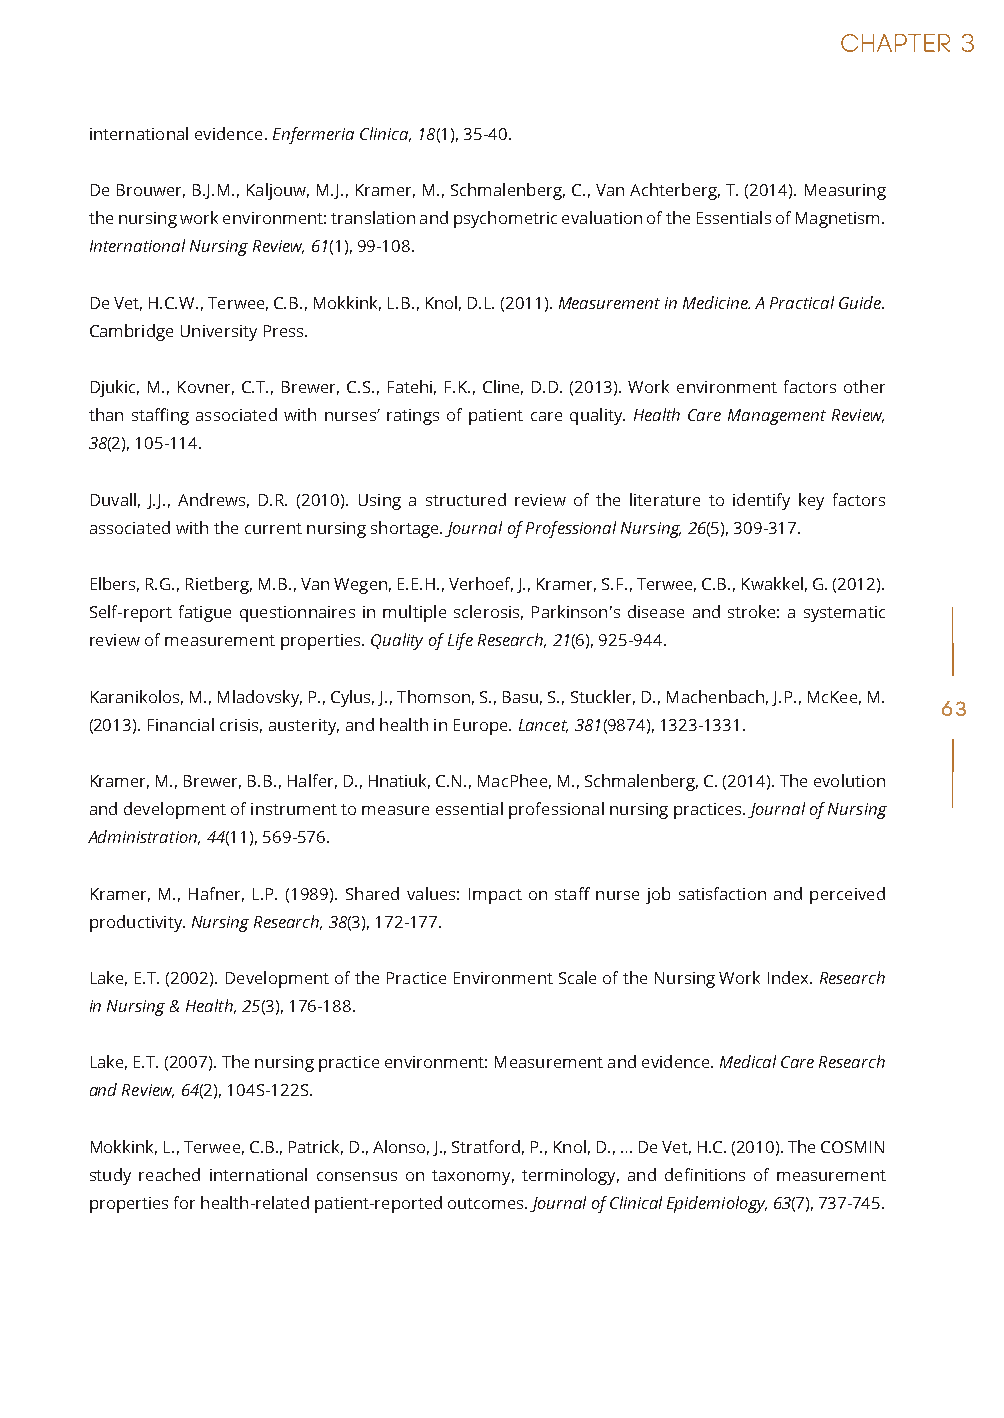
international evidence. Enfermeria Clinica, 18(1), 35-40.
 De Brouwer, B.J.M., Kaljouw, M.J., Kramer, M., Schmalenberg, C., Van Achterberg, T. (2014). Measuring
 the nursing work environment: translation and psychometric evaluation of the Essentials of Magnetism.
 International Nursing Review, 61(1), 99-108.
 De Vet, H.C.W., Terwee, C.B., Mokkink, L.B., Knol, D.L. (2011). Measurement in Medicine. A Practical Guide.
 Cambridge University Press.
 Djukic, M., Kovner, C.T., Brewer, C.S., Fatehi, F.K., Cline, D.D. (2013). Work environment factors other
 than staffing associated with nurses’ ratings of patient care quality. Health Care Management Review,
 38(2), 105-114.
 Duvall, J.J., Andrews, D.R. (2010). Using a structured review of the literature to identify key factors
 associated with the current nursing shortage. Journal of Professional Nursing, 26(5), 309-317.
 Elbers, R.G., Rietberg, M.B., Van Wegen, E.E.H., Verhoef, J., Kramer, S.F., Terwee, C.B., Kwakkel, G. (2012).
 Self-report fatigue questionnaires in multiple sclerosis, Parkinson's disease and stroke: a systematic
 review of measurement properties. Quality of Life Research, 21(6), 925-944.
 Karanikolos, M., Mladovsky, P., Cylus, J., Thomson, S., Basu, S., Stuckler, D., Machenbach, J.P., McKee, M.
 63
 (2013). Financial crisis, austerity, and health in Europe. Lancet, 381(9874), 1323-1331.
 Kramer, M., Brewer, B.B., Halfer, D., Hnatiuk, C.N., MacPhee, M., Schmalenberg, C. (2014). The evolution
 and development of instrument to measure essential professional nursing practices. Journal of Nursing
 Administration, 44(11), 569-576.
 Kramer, M., Hafner, L.P. (1989). Shared values: Impact on staff nurse job satisfaction and perceived
 productivity. Nursing Research, 38(3), 172-177.
 Lake, E.T. (2002). Development of the Practice Environment Scale of the Nursing Work Index. Research
 in Nursing & Health, 25(3), 176-188.
 Lake, E.T. (2007). The nursing practice environment: Measurement and evidence. Medical Care Research
 and Review, 64(2), 104S-122S.
 Mokkink, L., Terwee, C.B., Patrick, D., Alonso, J., Stratford, P., Knol, D., … De Vet, H.C. (2010). The COSMIN
 study reached international consensus on taxonomy, terminology, and definitions of measurement
 properties for health-related patient-reported outcomes. Journal of Clinical Epidemiology, 63(7), 737-745.